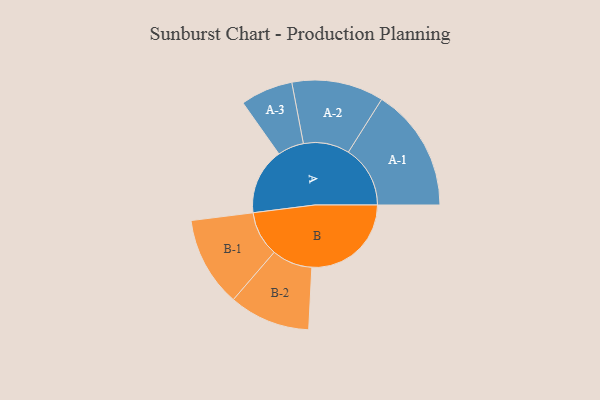
{"axis": {"x": "Segment", "y": "Value"}, "legend": ["", "A", "B"], "data": [{"x": "A", "y": 268, "type": ""}, {"x": "B", "y": 402, "type": ""}, {"x": "A-1", "y": 250, "type": "A"}, {"x": "A-2", "y": 186, "type": "A"}, {"x": "A-3", "y": 106, "type": "A"}, {"x": "B-1", "y": 182, "type": "B"}, {"x": "B-2", "y": 164, "type": "B"}]}